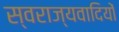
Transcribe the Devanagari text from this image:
स्वराज्यवादियों